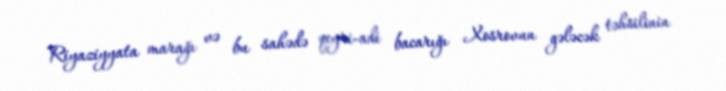
Riyaziyyata marağı və bu sahədə qeyri-adi bacarığı Xosrovun gələcək təhsilinin